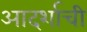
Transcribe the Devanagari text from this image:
आदर्शाची